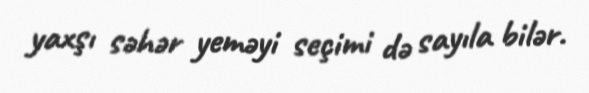
yaxşı səhər yeməyi seçimi də sayıla bilər.